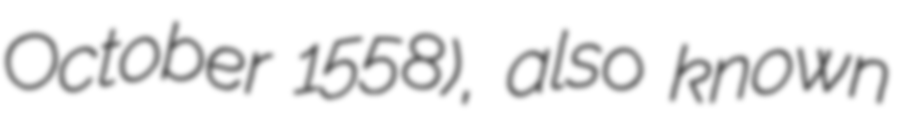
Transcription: October 1558), also known